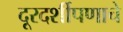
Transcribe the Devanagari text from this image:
दूरदर्शीपणाचे